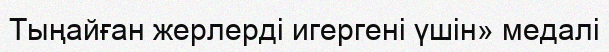
Тыңайған жерлерді игергені үшін» медалі